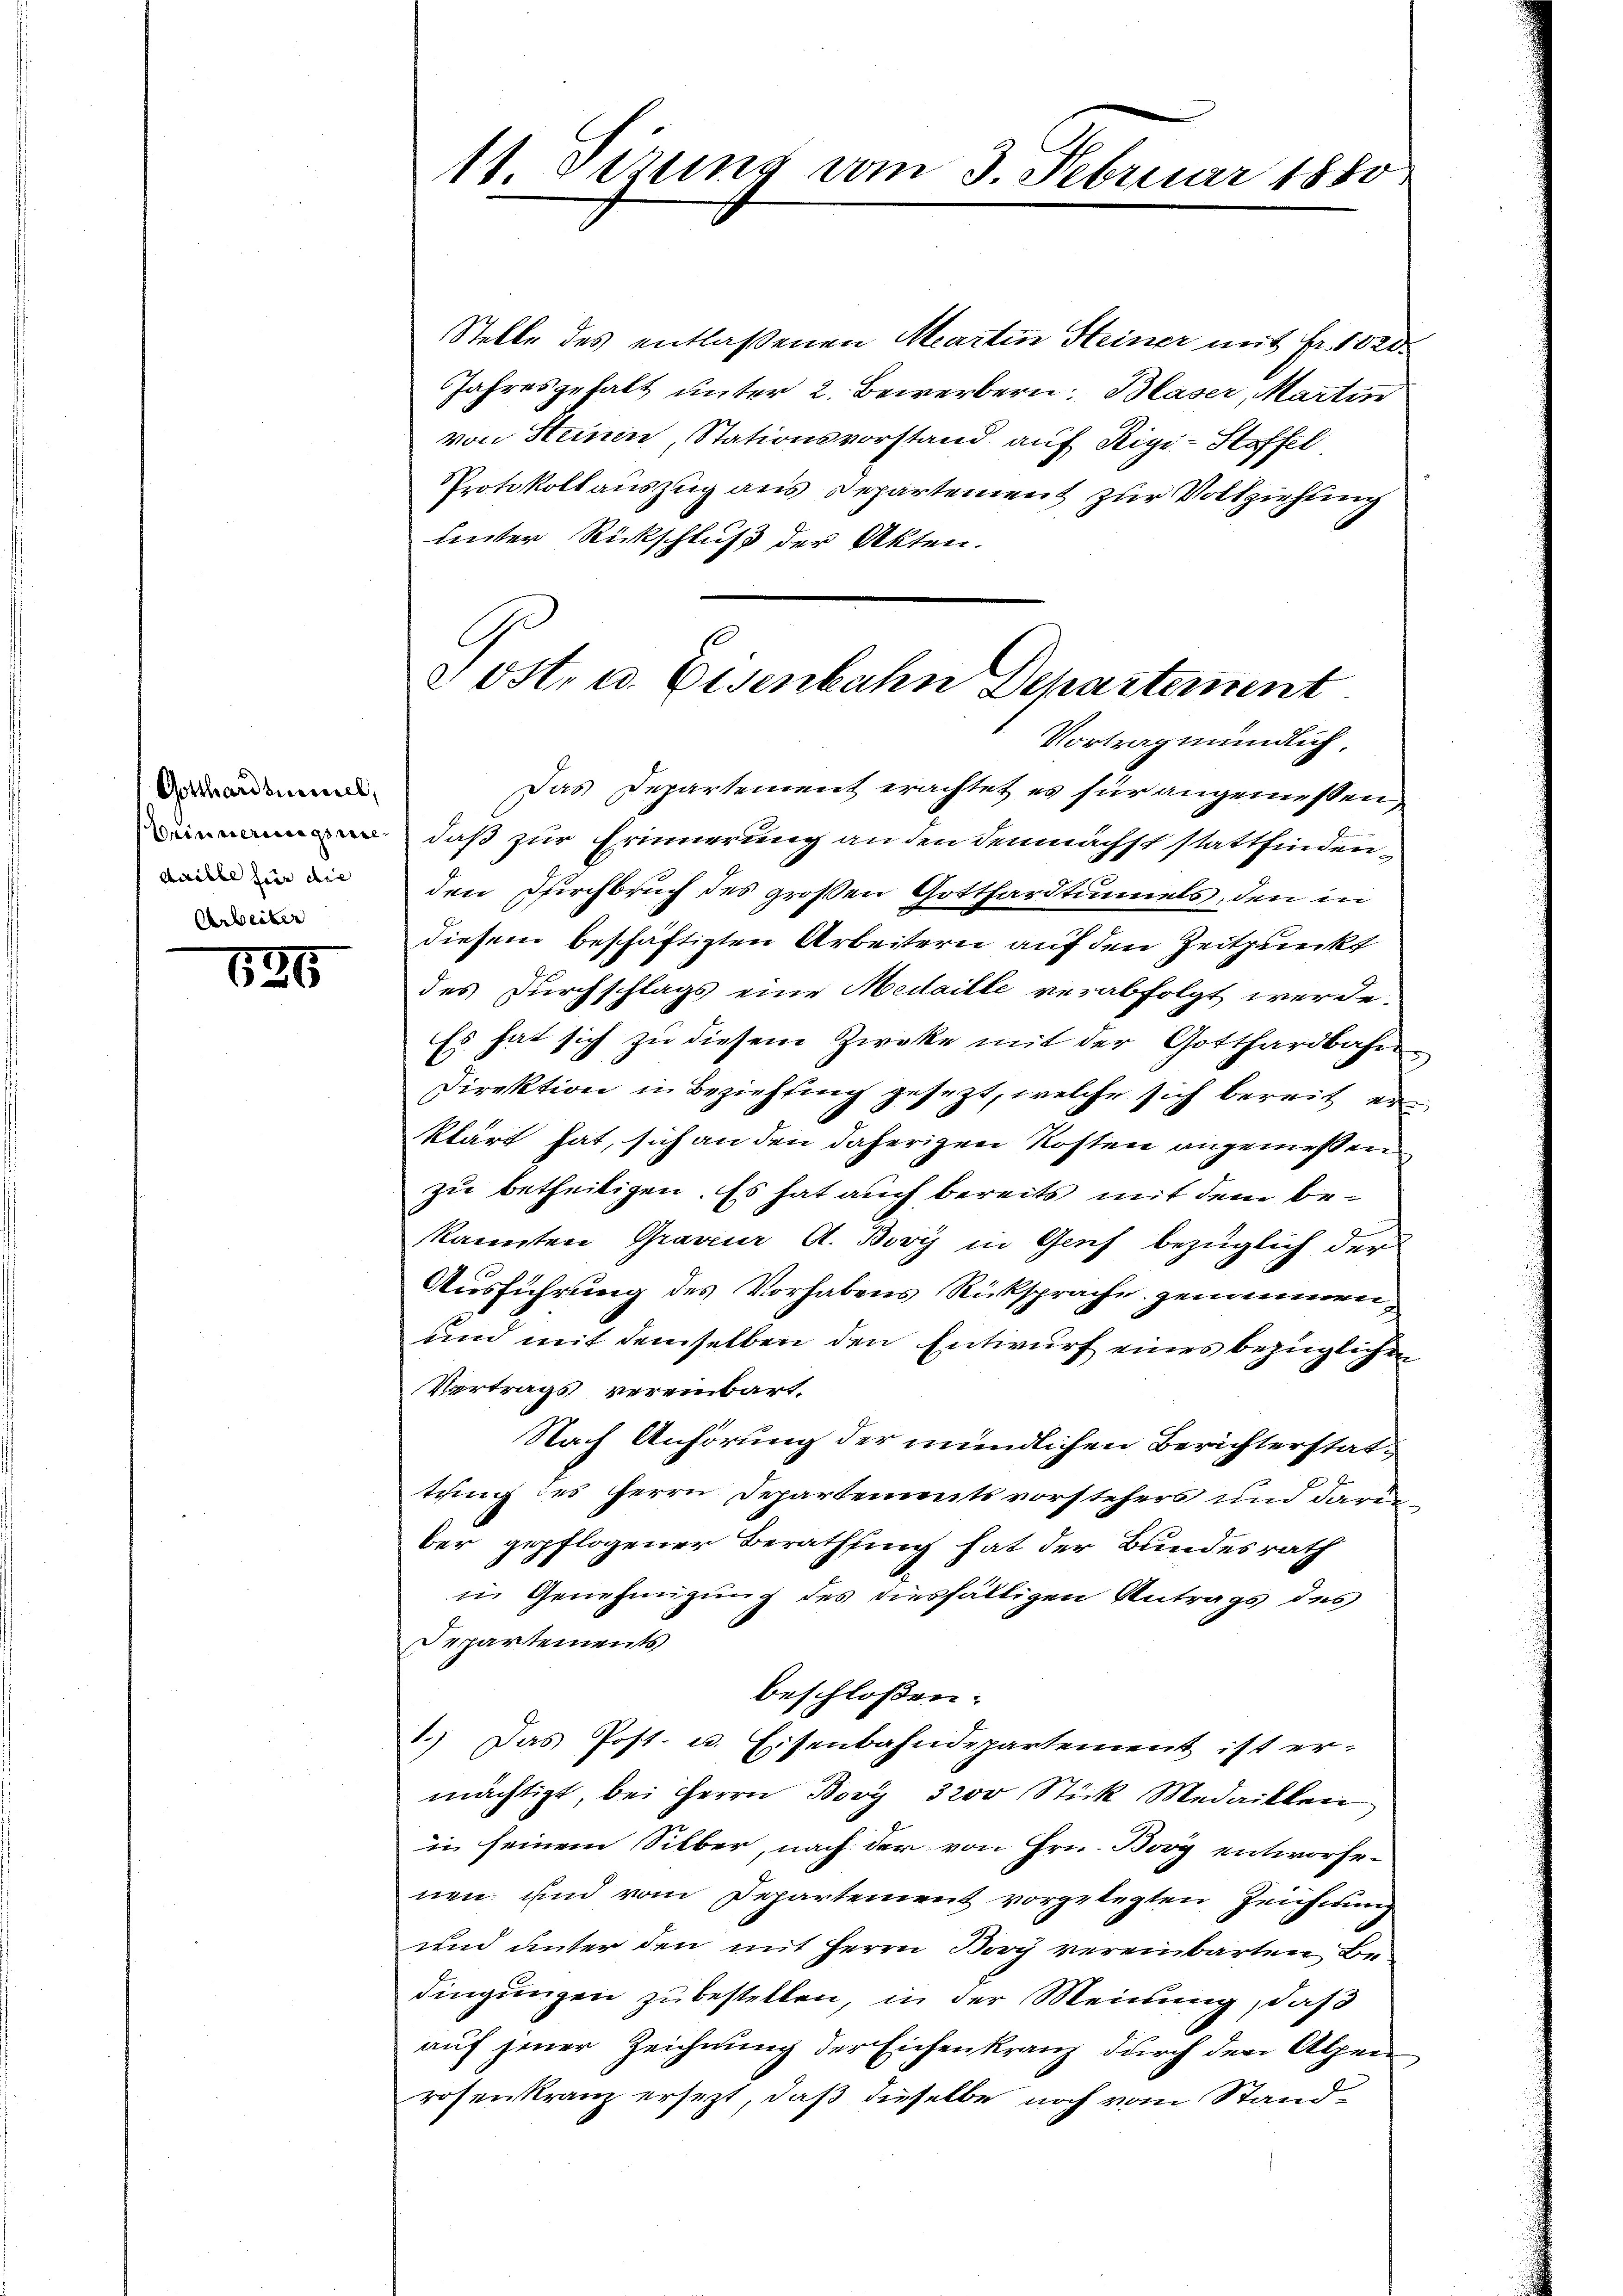
Gotthardsuiciel,
daille für die
Arbeiter

126

Stelle des entlaßenen Martin Steiner mit Fr. 1820.
Jahresgehalt unter 2. Bewerbern, Blaser, Martin
von Steinen, Stationsvorstand auf Rigi-Stoffel
Protokollauszug aus Departement zur Vollziehung
unter Rückschluß der Akten.

11. Dezung vom 3. Februar 1880

e östr u. Eisenbahn Departement
Vortrag mündlich,

Das Departement erachtet es für angemessen,
daß zur Erinnerung an den demnächst stattfindenden Dirchbruch des großen Gotthardtunnels, den in
diesem beschäftigten Arbeitern auf den Zeitpunckt
des Durchschlags eine Medaille verabfolgt werde.
Es hat sich zu diesem Zwecke mit der Gotthardbahn
Direktion in Beziehung gesezt, welche sich bereit erklärt hat, sich an den daherigen Kosten angemeßen
zu betheiligen. Es hat auch bereits mit dem bekannten Graver A. Bovy in Genf bezüglich der
Ausführung des Vorhabens Rücksprache genommen,
und mit demselben den Entwurf eines bezüglichen
Vertrags vereinbart.
Nach Anhörung der mündlichen Berichterstattung des Herrn Departementsvorstehers und darinber gepflogener Berathung hat der Bundesrath
in Genehmigung des diesfälligen Antrags des
Departements
beschlossen:
1.) Das Post- u. Eisenbahndepartement ist er-
mächtigt, bei Herrn Bory 3200 Stick Medaillen
in seinem Silber, nach der von Hrn. Bovy entworfenen und vom Departement vorgelegten Zeicherung
und unter den mit Herrn Boy vereinbarten, Bedingungen zu bestellen, in der Meinung, daß
auf jener Zeichnung der Eichenkranz durch den Alpen
rosenkranz ersezt, daß dieselbe noch vom Stand¬